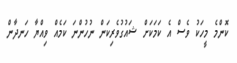
ކޮންމެ މީހަކު ވެސް އެ ކަމަކަށް ޝައުގުވެރިކަން ނުހުންނަ ކަމެއް ވިއްޔާ ހަނދާން